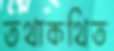
তথাকথিত